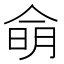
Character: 𰂚